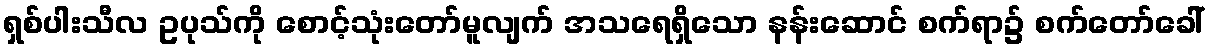
ရှစ်ပါးသီလ ဥပုသ်ကို စောင့်သုံးတော်မူလျက် အသရေရှိသော နန်းဆောင် စက်ရာ၌ စက်တော်ခေါ်